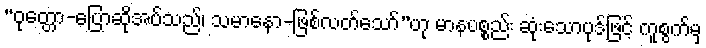
“ဝုတ္တော-ပြောဆိုအပ်သည်၊ သမာနော-ဖြစ်လတ်သော်”ဟု မာနပစ္စည်း ဆုံးသောပုဒ်ဖြင့် ကူစွက်မှ